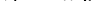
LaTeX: \smash{\tau_{c}=\omega_{E}^{-1}}